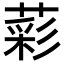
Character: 𦹮